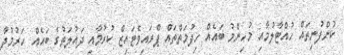
ކުންފުނިތައް ހުއްޓާލުމާއި މުހިންމު ބައެއް ހިދުމަތްތައް ޕްރައިވެޓައިޒް ކުރުމާއި ދައުލަތުގެ ބައެއް ހަރުމުދާ